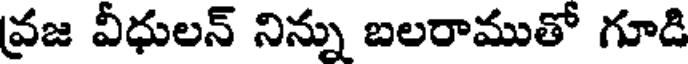
వ్రజ వీధులన్ నిన్ను బలరాముతో గూడి